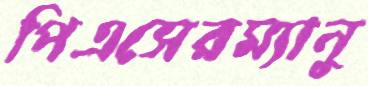
পিএসেরম্যানু